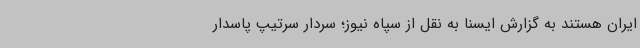
ایران هستند به گزارش ایسنا به نقل از سپاه نیوز؛ سردار سرتیپ پاسدار